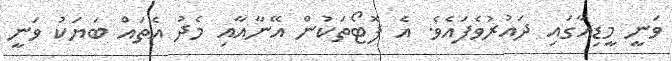
ވަނީ މީޑިއާގައި ދައުރުވެފައެވެ. އެ ފޮޓޯތަކުން އޭނާއާއި މެދު އެތައް ބަޔަކު ވަނީ